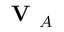
\textbf { V } _ { A }